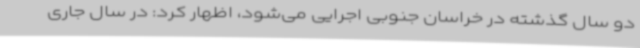
دو سال گذشته در خراسان جنوبی اجرایی می‌شود، اظهار کرد: در سال جاری